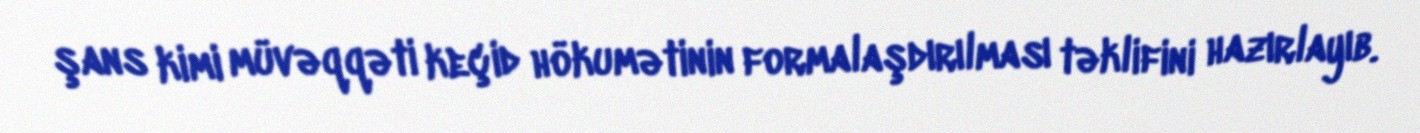
şans kimi müvəqqəti keçid hökumətinin formalaşdırılması təklifini hazırlayıb.